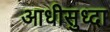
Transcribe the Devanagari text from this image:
आधीसुध्दा